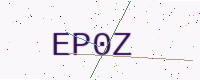
Text: EP0Z